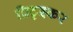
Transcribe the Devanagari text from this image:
प्रिट्झ्कर